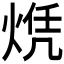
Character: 𬊠